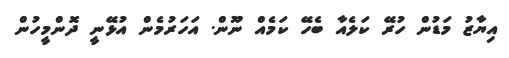
އިޔާޒު މަޑުން ހުރޭ ކަލެއާ ބެހޭ ކަމެއް ނޫން. އަހަރުމެން އުޅޭނީ ދޮންމީހުން